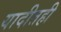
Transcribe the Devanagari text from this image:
यादीतही